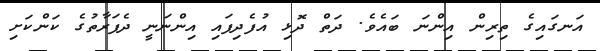
އަނގައިގެ ތިރިން އިންނަ ބައެވެ. ދަތް ދޮޅި އުފެދިފައި އިންނަނީ ދެފަރާތުގެ ކަންކަށި